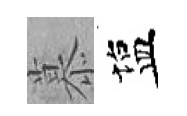
慕塩